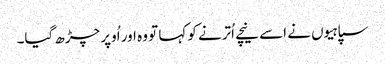
سپاہیوں نے اسے نیچے اُترنے کو کہا تو وہ اور اُوپر چڑھ گیا۔